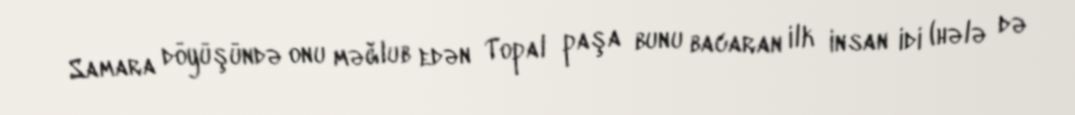
Samara döyüşündə onu məğlub edən Topal paşa bunu bacaran ilk insan idi (hələ də